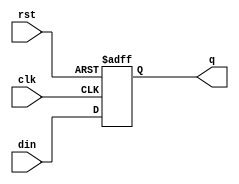
`timescale 1ns / 1ps
//////////////////////////////////////////////////////////////////////////////////
// Company: 
// Engineer: 
// 
// Design Name: 
// Module Name: Dflipflop
// Project Name: 
// Target Devices: 
// Tool Versions: 
// Description: 
// 
// Dependencies: 
// 
// Revision:
// Revision 0.01 - File Created
// Additional Comments:
// 
//////////////////////////////////////////////////////////////////////////////////


module Dflipflop(din, clk, rst, q);
    input din, clk, rst;
    output reg q;
    
    always @(posedge clk or posedge rst)
    begin
        if(rst==1)
            q<=0;
        else
            q<=din;
    end
    
endmodule